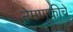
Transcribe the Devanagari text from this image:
नेमणूकीचे